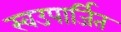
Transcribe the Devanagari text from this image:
स्वउपार्जित